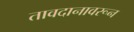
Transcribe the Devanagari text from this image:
तावदानावरून